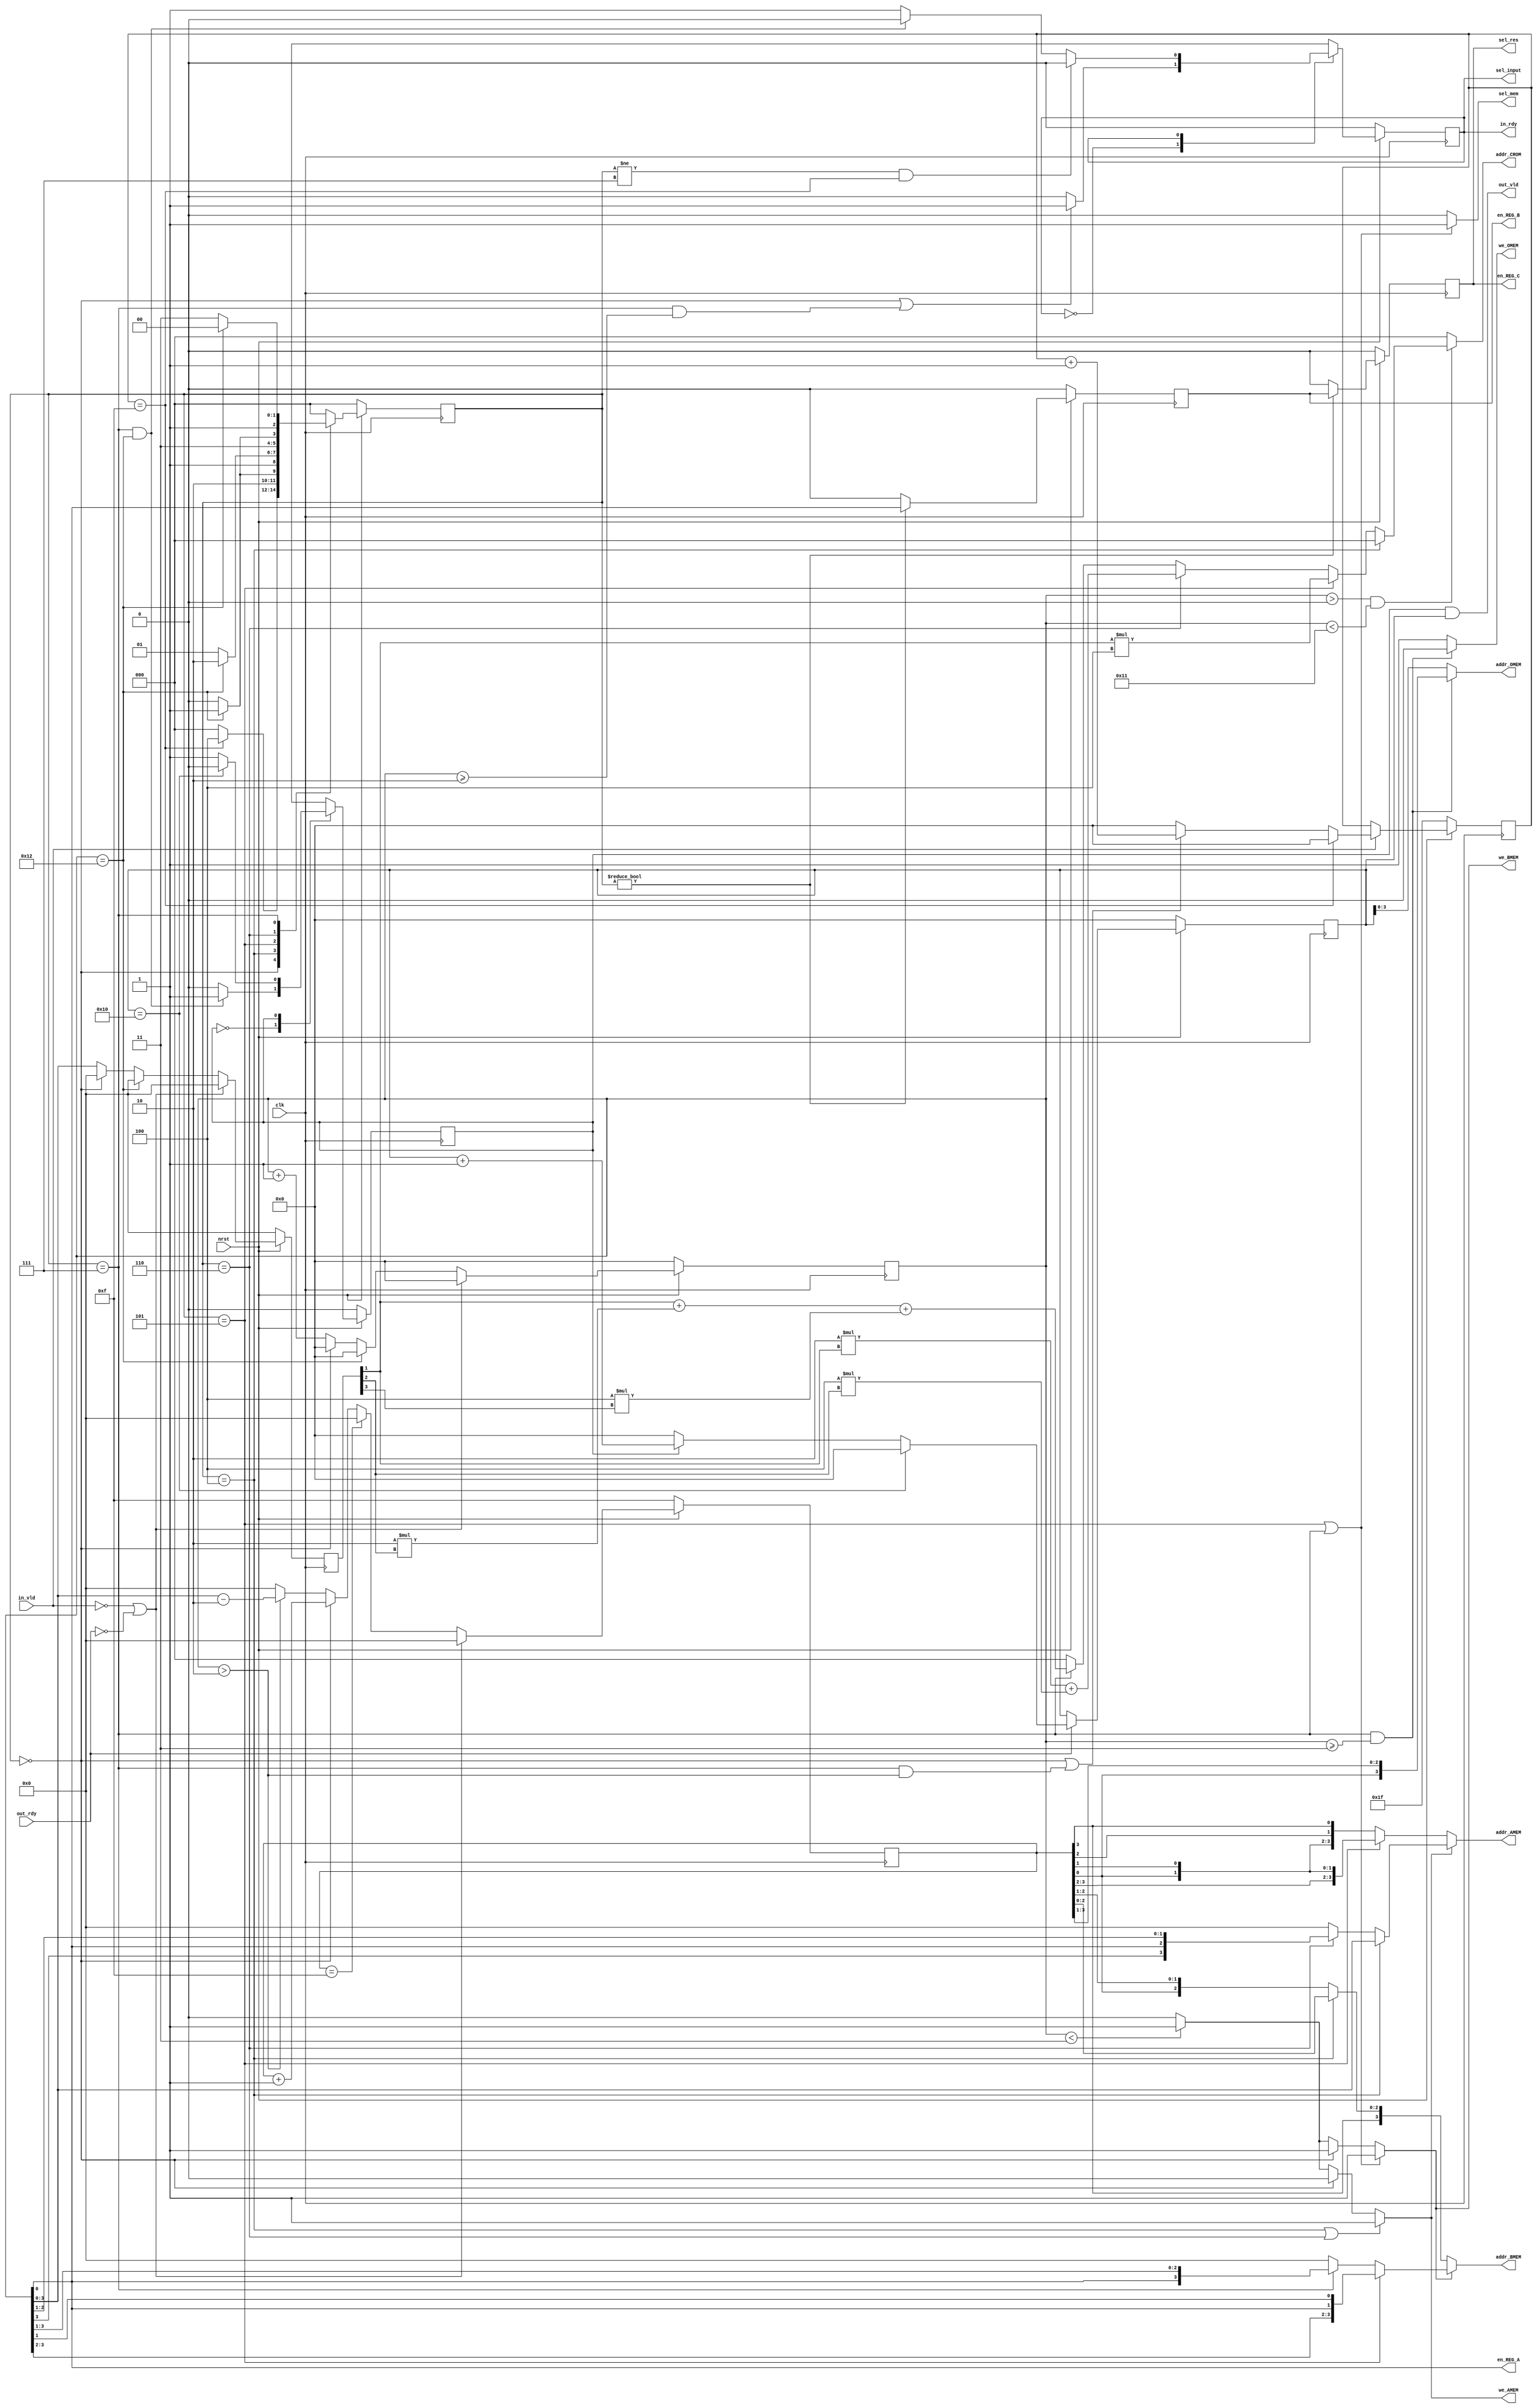
/******************************************************************************
Copyright (c) 2022 SoC Design Laboratory, Konkuk University, South Korea
All rights reserved.

Redistribution and use in source and binary forms, with or without
modification, are permitted provided that the following conditions are
met: redistributions of source code must retain the above copyright
notice, this list of conditions and the following disclaimer;
redistributions in binary form must reproduce the above copyright
notice, this list of conditions and the following disclaimer in the
documentation and/or other materials provided with the distribution;
neither the name of the copyright holders nor the names of its
contributors may be used to endorse or promote products derived from
this software without specific prior written permission.

THIS SOFTWARE IS PROVIDED BY THE COPYRIGHT HOLDERS AND CONTRIBUTORS
"AS IS" AND ANY EXPRESS OR IMPLIED WARRANTIES, INCLUDING, BUT NOT
LIMITED TO, THE IMPLIED WARRANTIES OF MERCHANTABILITY AND FITNESS FOR
A PARTICULAR PURPOSE ARE DISCLAIMED. IN NO EVENT SHALL THE COPYRIGHT
OWNER OR CONTRIBUTORS BE LIABLE FOR ANY DIRECT, INDIRECT, INCIDENTAL,
SPECIAL, EXEMPLARY, OR CONSEQUENTIAL DAMAGES (INCLUDING, BUT NOT
LIMITED TO, PROCUREMENT OF SUBSTITUTE GOODS OR SERVICES; LOSS OF USE,
DATA, OR PROFITS; OR BUSINESS INTERRUPTION) HOWEVER CAUSED AND ON ANY
THEORY OF LIABILITY, WHETHER IN CONTRACT, STRICT LIABILITY, OR TORT
(INCLUDING NEGLIGENCE OR OTHERWISE) ARISING IN ANY WAY OUT OF THE USE
OF THIS SOFTWARE, EVEN IF ADVISED OF THE POSSIBILITY OF SUCH DAMAGE.

Authors: Uyong Lee (uyonglee@konkuk.ac.kr)

Revision History
2022.11.17: Started by Uyong Lee
*******************************************************************************/
module controller(
        input 		    clk, nrst, in_vld, out_rdy,
        output wire 	in_rdy, out_vld,
	    output wire	    sel_input,
	    output wire 	sel_res,
        output wire 	sel_mem,
        output wire 	we_AMEM, we_BMEM, we_OMEM,
        output wire 	[3:0] addr_AMEM,
        output wire 	[3:0] addr_BMEM,
        output wire 	[3:0] addr_OMEM,
        output wire 	[2:0] addr_CROM,
        output wire 	en_REG_A,
	    output reg	    en_REG_B, en_REG_C
);

/////////////////////////////////////
/////////// Edit code below!!////////

reg [4:0] cnt, cnt_out, cnt_in;
reg [3:0]  cnt_addr, cnt_cr;		// cnt_cr : 1clock delay sig of cnt
//reg [2:0] cstate, nstate, cstate_in, nstate_in, cstate_out, nstate_out;
reg [2:0] cstate, nstate;
reg cstate_in, nstate_in, cstate_out, nstate_out;		// IDLE : 0, RUN : 1


localparam
	IDLE	= 3'b000,
	RUN		= 3'b001,
    Stage1  = 3'b100,
    Stage2  = 3'b101,
    Stage3  = 3'b110,
    Stage4  = 3'b111;	

always@(posedge clk) begin
	if(!nrst) begin
		cnt <= 0;
		cnt_cr <= 0;	// addr_CROM    counter
	end	
	else begin
		if(in_vld == 1'b0 || out_rdy == 1'b0) begin
			cnt <= 0;
			cnt_cr <= 0;
		end
        else if(cnt == 5'd18) begin
            cnt <= 0;
			cnt_cr <= 0;
        end
		else if(cstate == IDLE) begin
			cnt <= 0;
			cnt_cr <= 0;
		end
		else begin
			cnt <= cnt + 5'd1;
			cnt_cr <= cnt;
		end
	end
end

/* addr_AMEM stage2,4  addr_BMEM stage1,3  cnt 2 clock delay  */
always@(posedge clk) begin
	if(!nrst) begin
		cnt_addr <= -1;	
	end	
	else begin
		if(in_vld == 1'b0 || out_rdy == 1'b0) begin
			cnt_addr <= 0;
		end
        else if(cnt_addr == 4'd15) begin
			cnt_addr <= 0; 
        end
		else if(cstate == IDLE) begin 
			cnt_addr <= cnt_addr + 4'd1;
		end
		else begin
			if(cnt > 2) begin
				cnt_addr <= cnt - 2;		//     
			end
			else
				cnt_addr <= 0;
		end
	end
end

always@(posedge clk) begin
	if(!nrst) begin
		cnt_in <= -1;
	end
	else begin
		if(in_vld == 1'b0) begin
			cnt_in <= cnt_in;
		end
		else if(cnt_in == 15) begin
			cnt_in <= 0;
		end
		else if(cstate == IDLE || (cstate == Stage4 && cnt > 2)) begin
            cnt_in <= cnt_in + 1;
        end
        else begin
			cnt_in <= 0;
		end
	end
end

always@(posedge clk) begin
	if(!nrst) begin
		cnt_out <= 0;
	end
	else begin
		if(out_rdy == 1'b0) begin
			cnt_out <= cnt_out;
		end
		else if(cnt_out == 5'd16) begin
			cnt_out <= 0;
		end
		else if(cstate_out == RUN) begin
			cnt_out <= cnt_out + 5'd1;
		end
        else begin
			cnt_out <= 0;
		end
	end
end


always @(posedge clk)
begin
    if(!nrst) begin
       cstate <= IDLE;
       cstate_in <= IDLE[0];
       cstate_out <= IDLE;
    end
    else begin
       cstate <= nstate;
       cstate_in <= nstate_in;
       cstate_out <= nstate_out;
    end
end

/* cstate, cstate_in, cstate_out */
always @(*) begin
    case(cstate)
	        IDLE : begin
	            if(cnt_in == 5'd15) begin
	               nstate <= Stage1;
	            end
	            else begin
	               nstate <= IDLE;
	            end
	        end
            Stage1 : begin
                if(cnt == 5'd18) begin
                    nstate <= Stage2;
                end
                else begin
                    nstate <= Stage1;
                end
            end
            Stage2 : begin
                if(cnt == 5'd18) begin
                    nstate <= Stage3;
                end
                else begin
                    nstate <= Stage2;
                end
            end
            Stage3 : begin
                if(cnt == 5'd18) begin
                    nstate <= Stage4;
                end
                else begin
                    nstate <= Stage3;
                end
            end
            Stage4 : begin
                if(cnt == 5'd18) begin
                    nstate <= Stage1;
                end
                else begin
                    nstate <= Stage4;
                end
            end
			default : nstate <= IDLE;
	endcase

   case(cstate_in)
	        IDLE : begin
	            if(cstate == IDLE || (cstate == Stage4 && cnt >= 2)) begin
	               nstate_in <= RUN;
	            end
	            else begin
	               nstate_in <= IDLE;
	            end
	        end
           
            RUN : begin
                if(cstate != Stage4 && cnt_in == 15) begin
                    nstate_in <= IDLE;
                end
				else if(cstate == Stage4 && cnt == 18) begin
					nstate_in <= IDLE;
				end
                else begin
                    nstate_in <= RUN;
                end
            end
			default : nstate_in <= RUN;
	endcase


    case(cstate_out)
	        IDLE[0] : begin
	            if(cstate == Stage4 && cnt == 5'd18) begin
	               nstate_out <= RUN[0];
	            end
	            else begin
	               nstate_out <= IDLE[0];
	            end
	        end
           
            RUN[0] : begin
                if(cnt_out == 16) begin
                    nstate_out <= IDLE[0];
                end
                else begin
                    nstate_out <= RUN[0];
                end
            end
			default : nstate_out <= IDLE[0];
	endcase
end



assign en_REG_A = cnt[0];

always @(posedge clk) 
begin
	if(!nrst) begin
		en_REG_B <=0;
		en_REG_C <=0;
	end
    else if(cstate != IDLE) begin
        en_REG_B <= en_REG_A;		// delay
        en_REG_C <= en_REG_B;		// delay
	end
	else begin
		en_REG_B <= 0;
		en_REG_C <= 0;
	end 
end

// addr_CROM - twiddel factor    
// cnt_cr : clock cycle delay of cnt
// stage1 : all 0, Stage2 : cnt_cr[1] *4, Stage3 : cnt_cr[1]*2+cnt_cr[2]*4, Stage4 : cnt_cr[1]+cnt_cr[2]*2+cnt_cr[3]*4
assign addr_CROM = (cnt > 0 && cnt < 17) ? (cstate == Stage1 ? 0 : (cstate == Stage2 ? cnt_cr[1] * 4 : 
					(cstate == Stage3 ? 2*cnt_cr[1]+4*cnt_cr[2] : (cstate == Stage4 ? cnt_cr[1]+2*cnt_cr[2]+4*cnt_cr[3] : 0)))) : 0;


assign out_vld = cstate_out && cnt_out;		// cnt_out >= 1  
assign in_rdy = cstate_in;		// cstate_in == RUN 				

assign sel_input = in_rdy;

assign we_AMEM 	= (cstate == Stage1 || cstate == Stage3) ? 1 : (cstate == IDLE ? 0 : (cnt < 3 ? 1 : 0));
assign we_BMEM 	= (cstate == Stage2 || cstate == Stage4) ? 1 : (cstate == IDLE ? 1 : (cnt < 3 ? 1 : 0));
assign we_OMEM 	= (cstate == Stage4 && cnt >= 3) ? 0 : 1;

assign sel_res = en_REG_C;  
assign sel_mem  = (cstate == Stage2 || cstate == Stage4) ? 1 : 0;

// stage1 : , stage2 : 3201, stage3 : 3021, stage4 : 0123
assign addr_AMEM =  we_AMEM ? (cstate == Stage1 ? {cnt[3], cnt[2], cnt[1], cnt[0]} : (cstate == Stage3 ? {cnt[3], cnt[0], cnt[2], cnt[1]} : 0))		// AMEM OUT
								: (cstate == Stage2 ? {cnt_addr[3], cnt_addr[2], cnt_addr[0], cnt_addr[1]} : {cnt_addr[0], cnt_addr[1], cnt_addr[2], cnt_addr[3]});	  // AMEM IN

// stage1 : , stage2 : 3201, stage3 : 3021, stage4 : 0321
assign addr_BMEM = we_BMEM ? (cstate == Stage2 ? {cnt[3], cnt[2], cnt[0], cnt[1]} : (cstate == Stage4 ? {cnt[0], cnt[3], cnt[2], cnt[1]} : 0))
								: (cstate == Stage1 ? {cnt_addr[3], cnt_addr[2], cnt_addr[1], cnt_addr[0]} : {cnt_addr[3], cnt_addr[0], cnt_addr[2], cnt_addr[1]});
assign addr_OMEM = !(we_OMEM) ? {cnt_addr[0], cnt_addr[3], cnt_addr[2], cnt_addr[1]} : {cnt_out[3], cnt_out[2], cnt_out[1], cnt_out[0]};
		
//////////Edit code above!!/////////
////////////////////////////////////		
		
endmodule